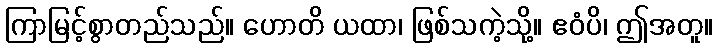
ကြာမြင့်စွာတည်သည်။ ဟောတိ ယထာ၊ ဖြစ်သကဲ့သို့။ ဧဝံပိ၊ ဤအတူ။